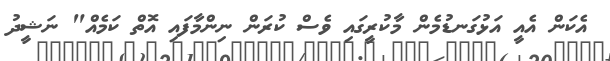
އެކަން އެއީ އަޅުގަނޑުމެން މާކުރީގައި ވެސް ކުރަން ނިންމާފައި އޮތް ކަމެއް" ނަޝީދު